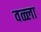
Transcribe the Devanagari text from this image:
वळ्ला